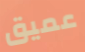
عميق